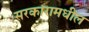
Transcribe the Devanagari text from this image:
सरकारामधील